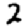
Digit: 2